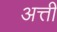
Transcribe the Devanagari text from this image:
अत्ती